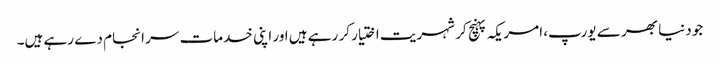
جو دنیا بھر سے یورپ، امریکہ پہنچ کر شہریت اختیار کر رہے ہیں اور اپنی خدمات سر انجام دے رہے ہیں۔